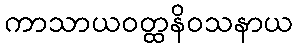
ကာသာယဝတ္ထနိဝသနာယ